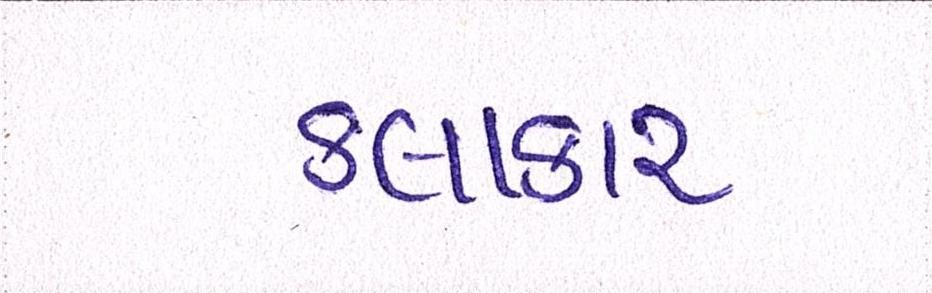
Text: કલાકાર